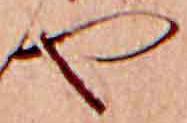
や